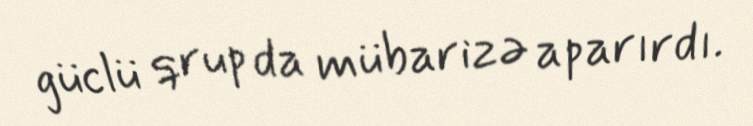
güclü qrup da mübarizə aparırdı.